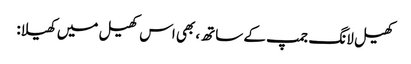
کھیل لانگ جمپ کے ساتھ، بھی اس کھیل میں کھیلا: